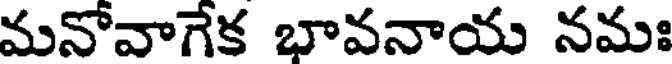
మనోవాగేక భావనాయ నమః